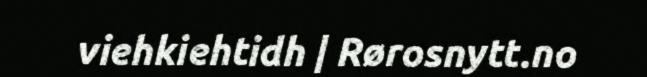
viehkiehtidh | Rørosnytt.no